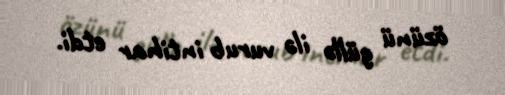
özünü güllə ilə vurub intihar etdi.